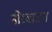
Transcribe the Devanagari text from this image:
नोरबाटन